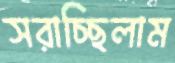
সরাচ্ছিলাম